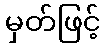
မှတ်ဖြင့်